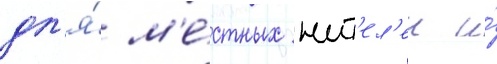
дл'я́ м'е́стных жит'ел'еи и́